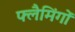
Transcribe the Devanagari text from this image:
फ्लैमिंगों